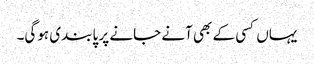
یہاں کسی کے بھی آنے جانے پر پابندی ہوگی۔